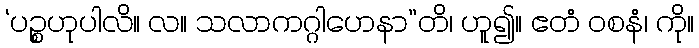
‘ပဉ္စဟုပါလိ။ လ။ သလာကဂ္ဂါဟေနာ”တိ၊ ဟူ၍။ ဧတံ ဝစနံ၊ ကို။